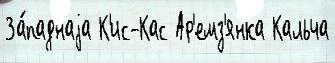
За́паднаjа К'ис-Кас Ар'емз'янка Кальча